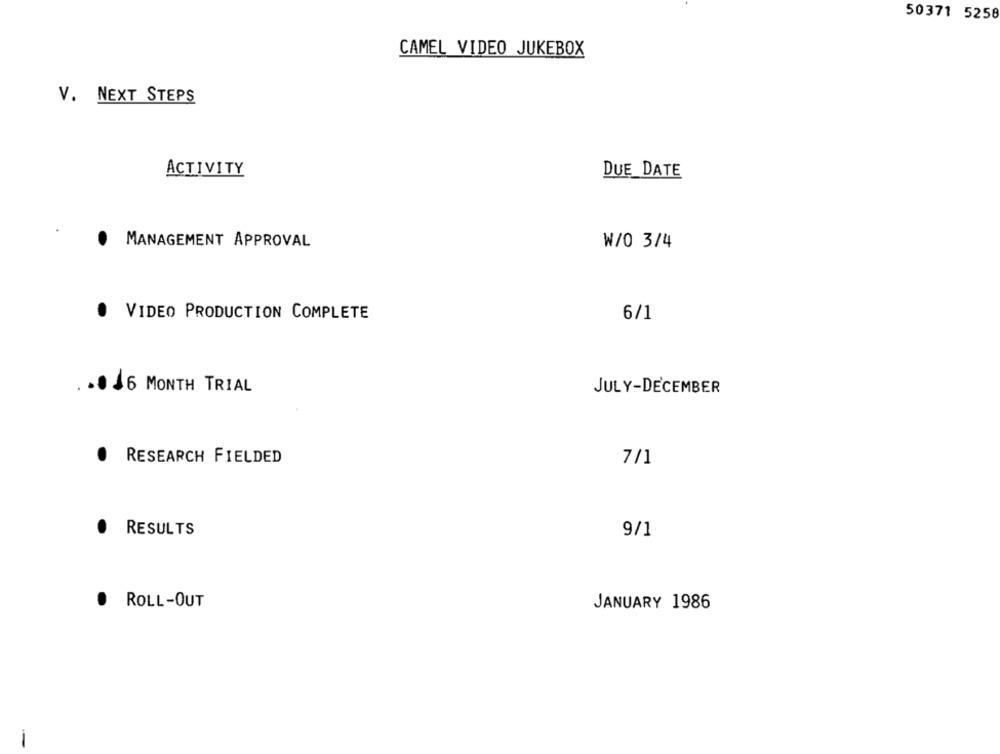
50371 5258
CAMEL VIDEO JUKEBOX
V. NEXT STEPS
ACTIVITY
DUE_DATE
.
MANAGEMENT APPROVAL
W/0 3/4
. VIDEO PRODUCTION COMPLETE
6/1
.0 46 MONTH TRIAL
JULY-DECEMBER
.
RESEARCH FIELDED
7/1
. RESULTS
9/1
.
ROLL-OUT
JANUARY 1986
-